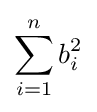
\sum _{i=1}^{n}b_{i}^{2}